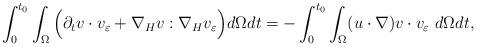
LaTeX: \begin{align*}\int_0^{t_0}\int_\Omega\Big(\partial_tv\cdot v_\varepsilon+\nabla_Hv:\nabla_Hv_\varepsilon\Big)d\Omega dt=-\int_0^{t_0}\int_\Omega(u\cdot\nabla)v\cdot v_\varepsilon~d\Omega dt,\end{align*}